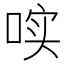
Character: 𱓐